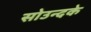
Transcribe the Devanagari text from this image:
सोउन्दके